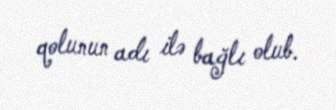
qolunun adı ilə bağlı olub.